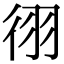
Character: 𫹓